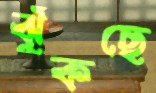
ঝুঁকছে